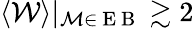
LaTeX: \langle\mathcal{W}\rangle|_{\mathcal{M}\in\mathrm{~E~B~}}\gtrsim 2